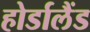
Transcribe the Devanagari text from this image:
होर्डालैंड